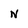
Character: n